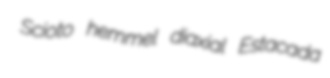
Scioto hemmel diaxial Estacada